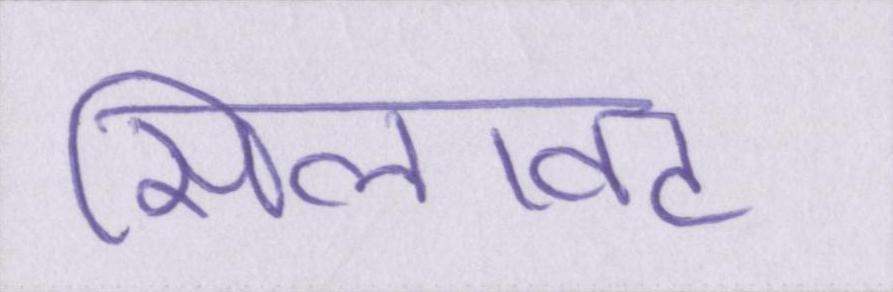
सिलावट